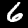
Label: 6